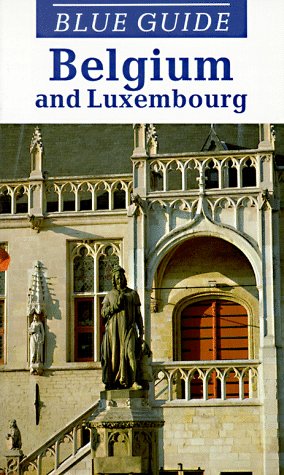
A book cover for Blue Guide: Belgium and Luxembourg; Bernard McDonagh; Travel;